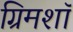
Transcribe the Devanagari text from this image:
ग्रिमशॉ